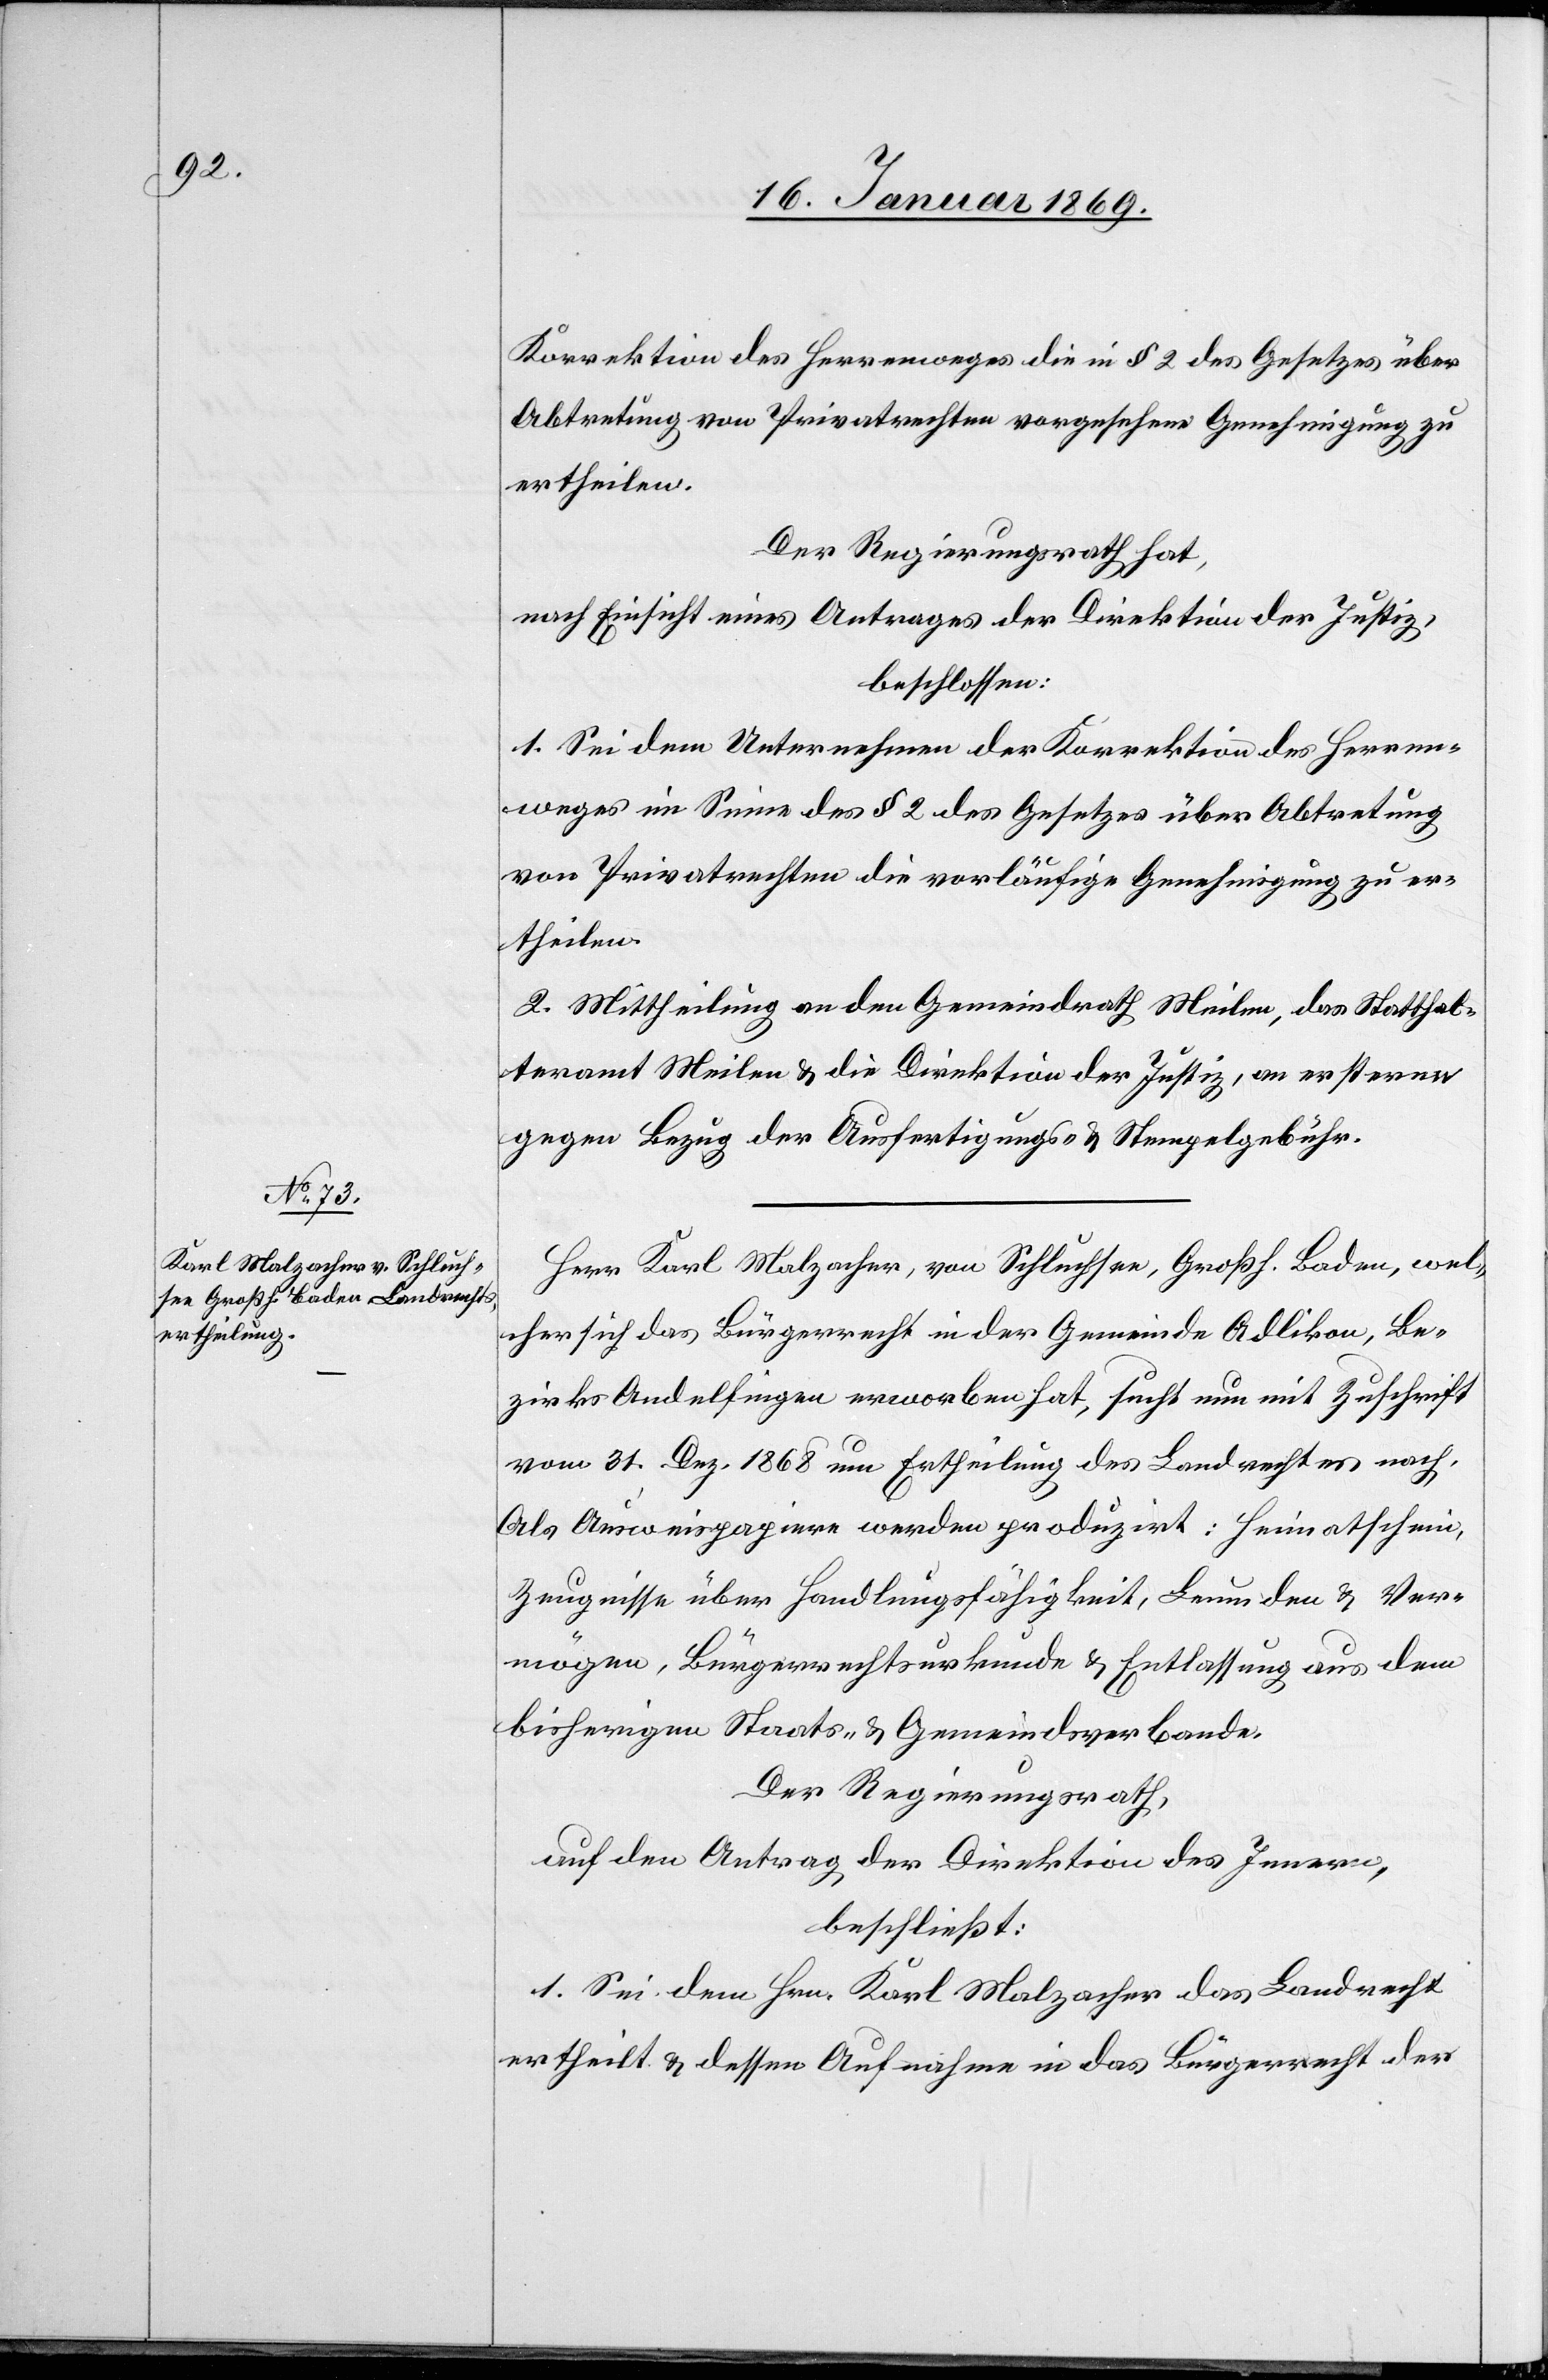
Korrektion des Herrenweges die in § 2 des Gesetzes über
Abtretung von Privatrechten vorgesehene Genehmigung zu
ertheilen.
Der Regierungsrath hat,
nach Einsicht eines Antrages der Direktion der Justiz,
beschlossen:
1. Sei dem Unternehmen der Korrektion des Herren¬
weges im Sinne des § 2 des Gesetzes über Abtretung
von Privatrechten die vorläufige Genehmigung zu er¬
theilen.
2. Mittheilung an den Gemeindrath Meilen, das Statthal¬
teramt Meilen u. die Direktion der Justiz, an ersteren
gegen Bezug der Ausfertigungs- u. Stempelgebühr.
Herr Karl Malzacher, von Schluchsee, Großh. Baden, wel¬
cher sich das Bürgerrecht in der Gemeinde Adlikon, Be¬
zirks Andelfingen erworben hat, sucht nun mit Zuschrift
vom 31. Dez. 1868 um Ertheilung des Landrechtes nach.
Als Ausweispapiere werden produzirt: Heimatschein,
Zeugnisse über Handlungsfähigkeit, Leumden u. Ver¬
mögen, Bürgerrechtsurkunde u. Entlassung aus den
bisherigen Staats- u. Gemeindsverbande.
Der Regierungsrath,
auf den Antrag der Direktion des Innern,
beschließt:
1. Sei dem Hrn. Karl Malzacher das Landrecht
ertheilt u. dessen Aufnahme in das Bürgerrecht der